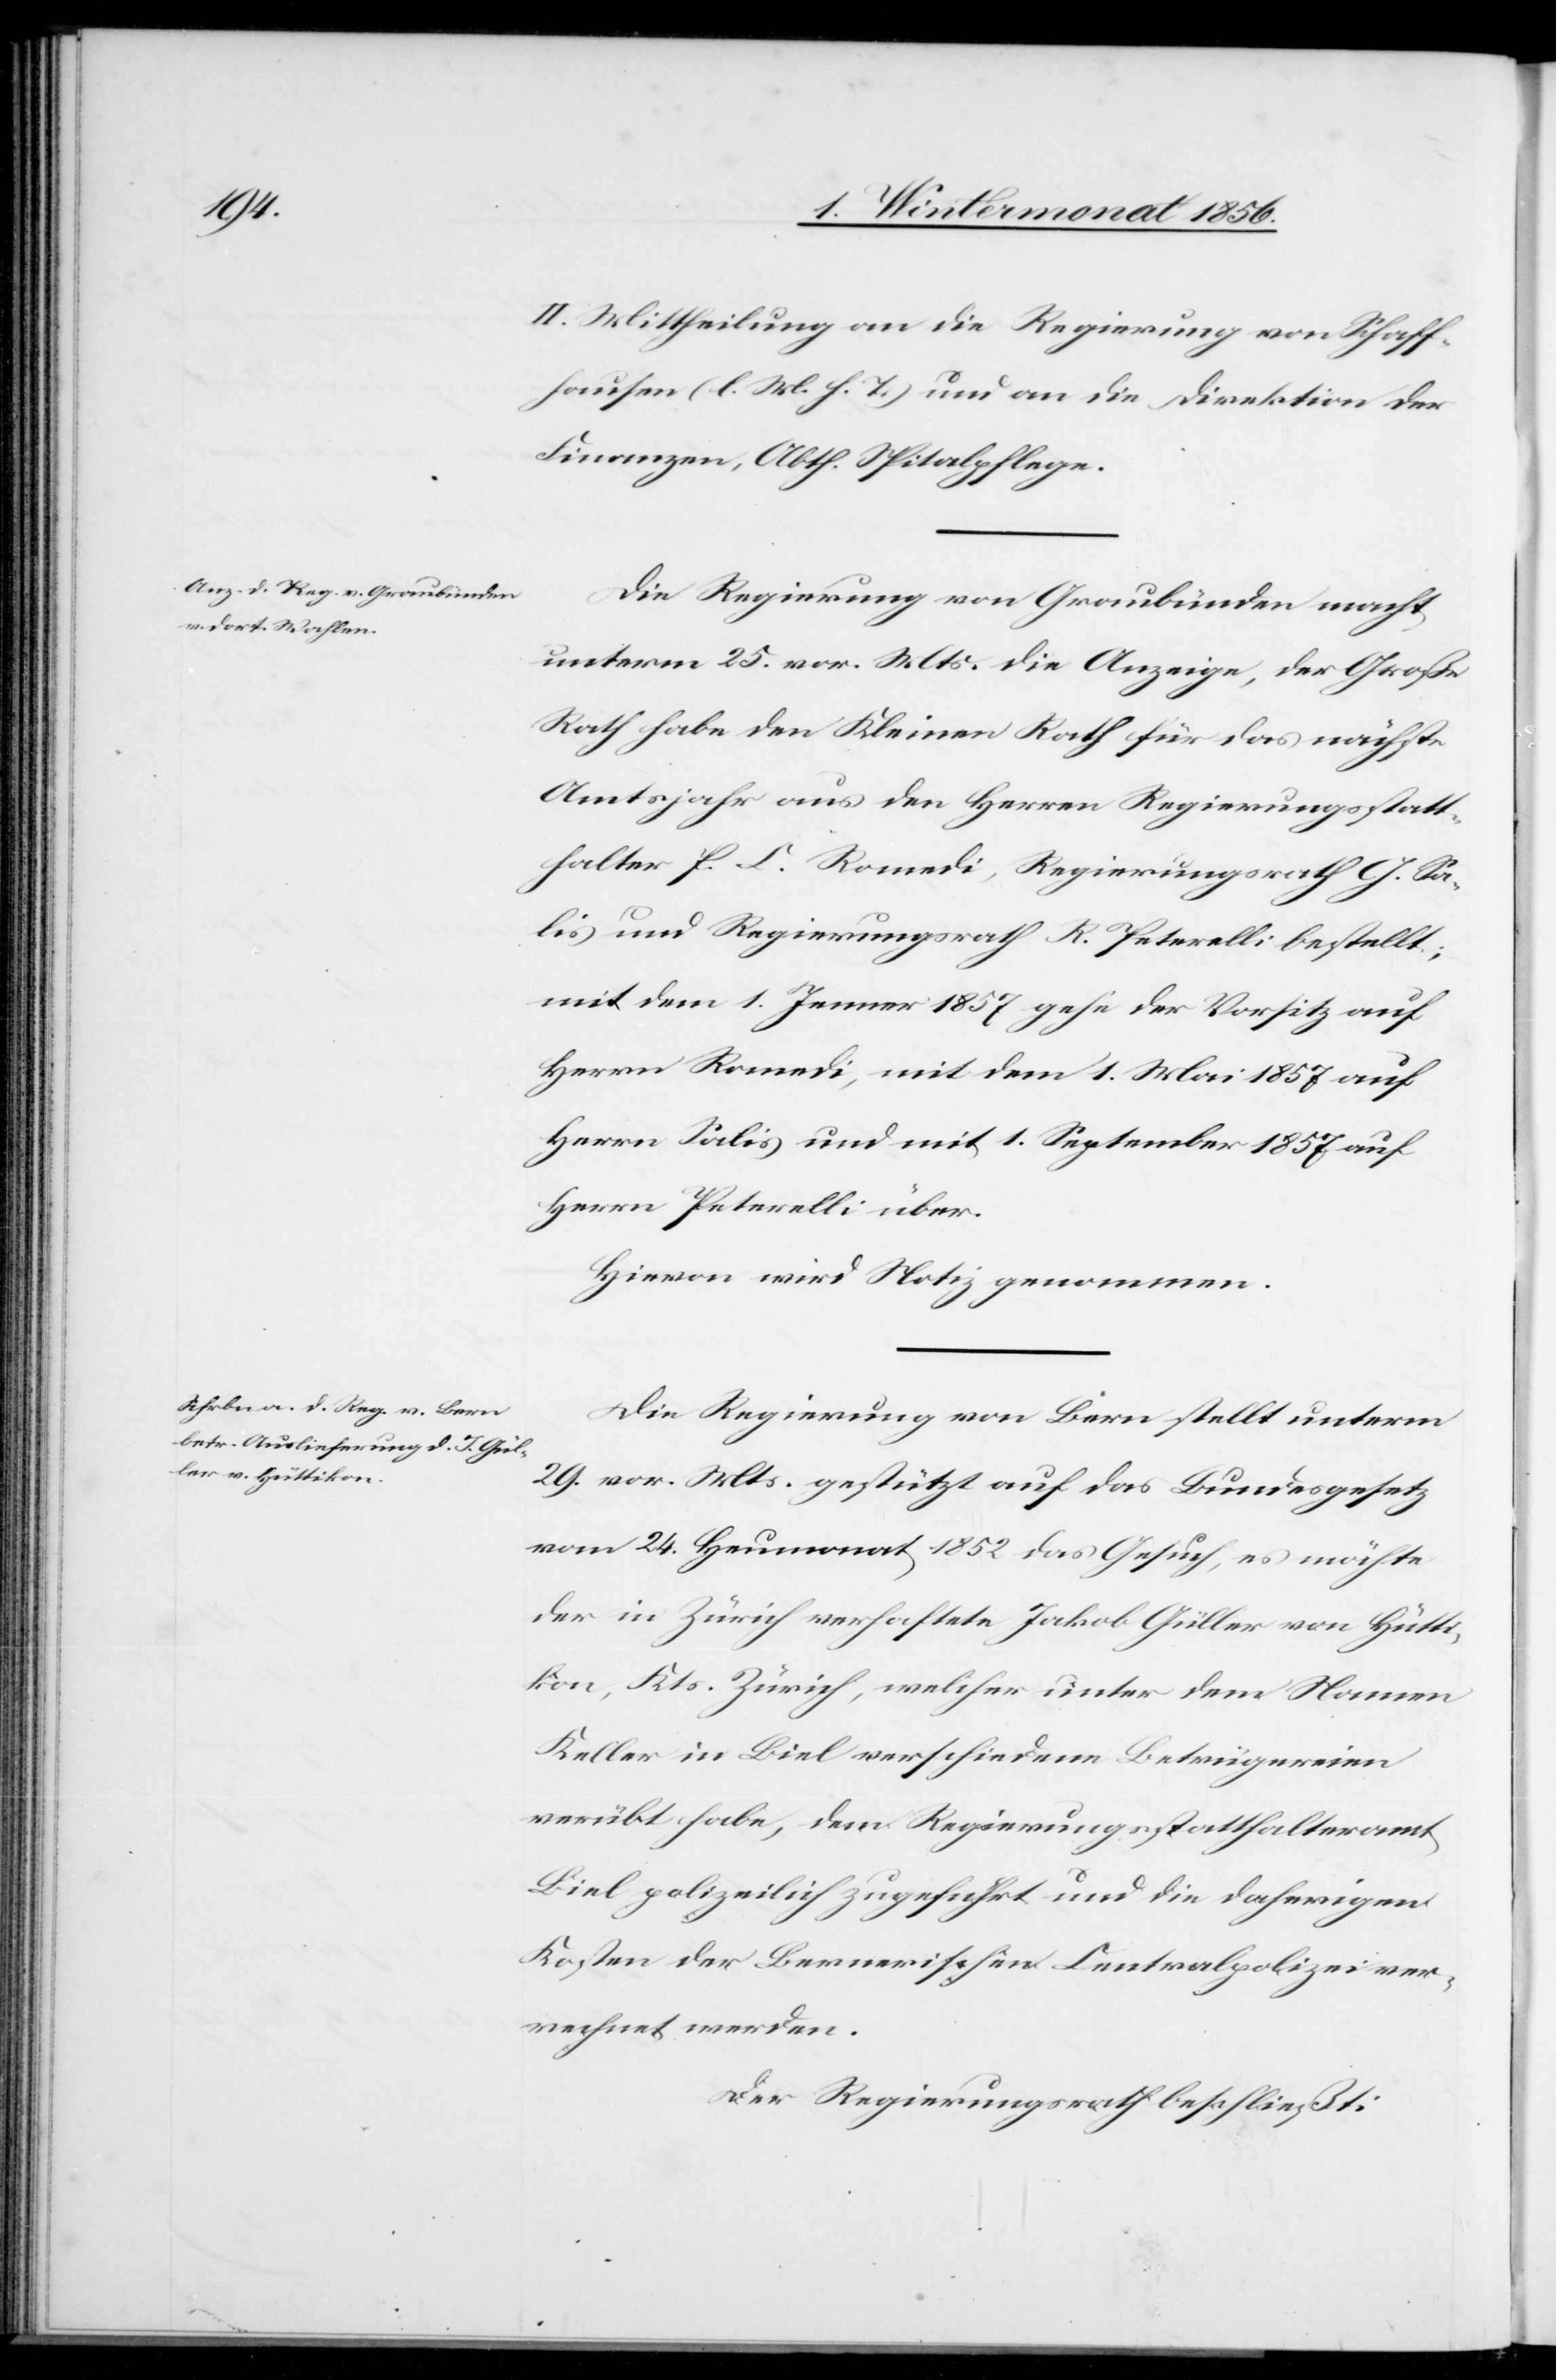
II. Mittheilung an die Regierung von Schaff¬
hausen (l. M. h. T.) und an die Direktion der
Finanzen, Abth. Spitalpflege.
Die Regierung von Graubünden macht
unterm 25. vor. Mts. die Anzeige, der Große
Rath habe den Kleinen Rath für das nächste
Amtsjahr aus den Herren Regierungsstatt¬
halter P. C. Romedi, Regierungsrath G. Sa¬
lis und Regierungsrath R. Peterelli bestellt;
mit dem 1. Jenner 1857 gehe der Vorsitz auf
Herrn Romedi, mit dem 1. Mai 1857 auf
Herrn Salis und mit 1. September 1857 auf
Herrn Peterelli über.
Hievon wird Notiz genommen.
Die Regierung von Bern stellt unterm
29. v. Mts. gestützt auf das Bundesgesetz
vom 24. Heumonat 1852 das Gesuch, es möchte
der in Zürich verhaftete Jakob Güller von Hütti¬
kon, Kts. Zürich, welcher unter dem Namen
Keller in Biel verschiedene Betrügereien
verübt habe, dem Regierungsstatthalteramt
Biel polizeilich zugeführt und die daherigen
Kosten der Bernerischen Centralpolizei ver¬
rechnet werden.
Der Regierungsrath beschließt: